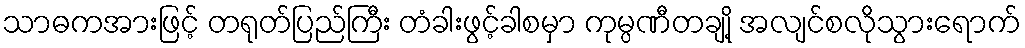
သာဓကအားဖြင့် တရုတ်ပြည်ကြီး တံခါးဖွင့်ခါစမှာ ကုမ္ပဏီတချို့ အလျင်စလိုသွားရောက်